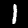
Label: 1